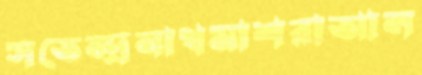
সতেন্দ্রনাথমাশরাআল